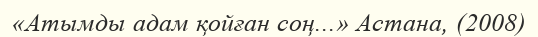
«Атымды адам қойған соң...» Астана, (2008)